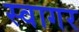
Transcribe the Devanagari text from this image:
स्वागर